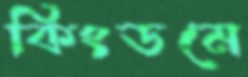
কিংডমে